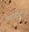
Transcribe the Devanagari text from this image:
लत्ताप्रहारांनी